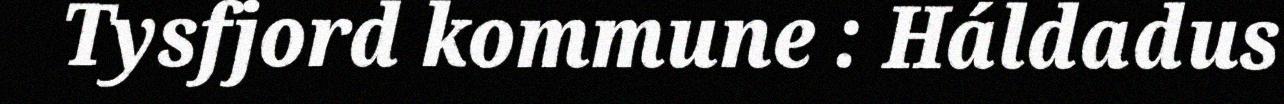
Tysfjord kommune : Háldadus